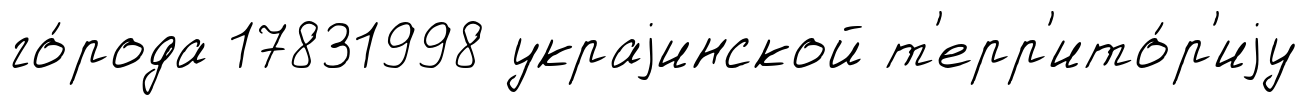
го́рода 17831998 украjинской т'ерр'ито́р'иjу